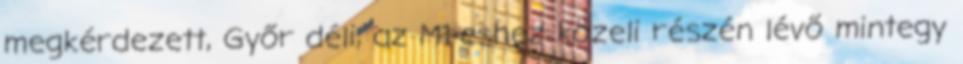
megkérdezett, Győr déli, az M1-eshez közeli részén lévő mintegy